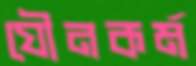
যৌনকর্ম